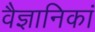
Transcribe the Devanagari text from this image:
वैज्ञानिकां